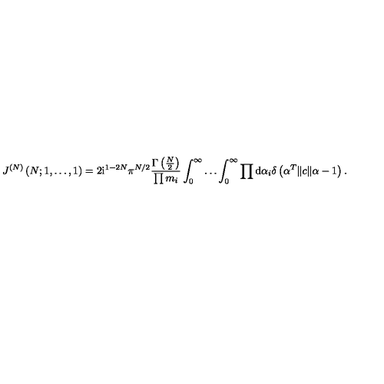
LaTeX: J ^ { ( N ) } \left( N ; 1 , \ldots , 1 \right) = 2 \mathrm { i } ^ { 1 - 2 N } \pi ^ { N / 2 } \frac { \Gamma \left( { \textstyle { \frac { N } { 2 } } } \right) } { \prod m _ { i } } \int _ { 0 } ^ { \infty } \ldots \int _ { 0 } ^ { \infty } \prod \mathrm { d } \alpha _ { i } \delta \left( \alpha ^ { T } \| c \| \alpha - 1 \right) .